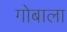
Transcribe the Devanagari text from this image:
गोबाला